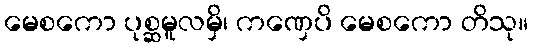
မေစကော ပုစ္ဆမူလမှိ၊ ကဏှေပိ မေစကော တိသု။